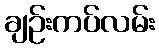
ချဉ်းကပ်လမ်း